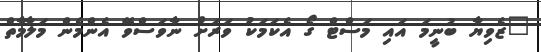
"ޒެވިޔާ ބުނީމަ އައި މަސްޓް ގޯ އެކަމަކު ވަރަށް ނާވަސްވޭ އެންމެން މަލާމާތް